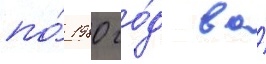
по́ 1980 го́д во́